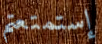
إستمتعتم